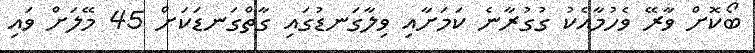
ބޯކޮށް ވާރޭ ވެހުމާއެކު ގުގުރާނެ ކަމަށާއި ވިލާގަނޑުގައި ގާތްގަނޑަކަށް 45 މޭލަށް ވައި